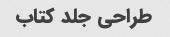
طراحی جلد کتاب